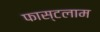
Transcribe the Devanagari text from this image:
फास्टलाम